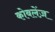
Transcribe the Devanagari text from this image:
कोबलेंज़